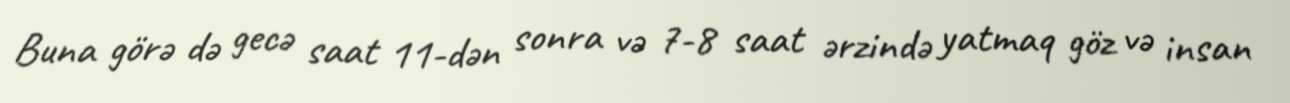
Buna görə də gecə saat 11-dən sonra və 7-8 saat ərzində yatmaq göz və insan